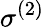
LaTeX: \sigma^{(2)}